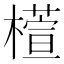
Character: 𣜯